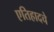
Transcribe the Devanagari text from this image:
एतिहादचे